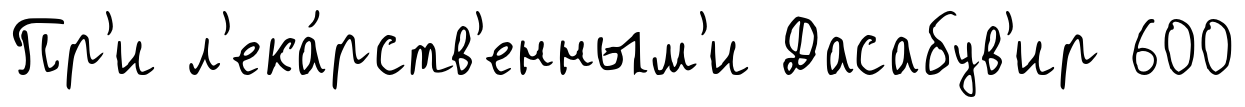
Пр'и л'ека́рств'енным'и Дасабув'ир 600